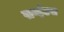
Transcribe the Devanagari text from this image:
सर्व्हटस